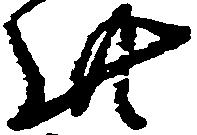
此